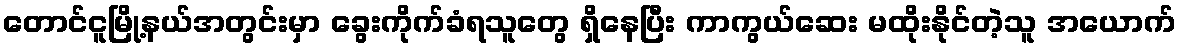
တောင်ငူမြို့နယ်အတွင်းမှာ ခွေးကိုက်ခံရသူတွေ ရှိနေပြီး ကာကွယ်ဆေး မထိုးနိုင်တဲ့သူ အယောက်